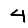
Digit: 4